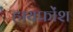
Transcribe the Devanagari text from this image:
हायफोंश